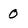
Character: 0